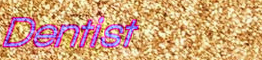
Dentist